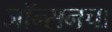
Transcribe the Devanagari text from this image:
जॉन्सनचा